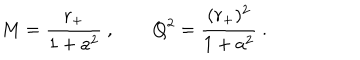
M = { \frac { r _ { + } } { 1 + a ^ { 2 } } } \ , \qquad Q ^ { 2 } = { \frac { ( r _ { + } ) ^ { 2 } } { 1 + a ^ { 2 } } } \ .